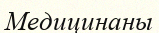
Медицинаны